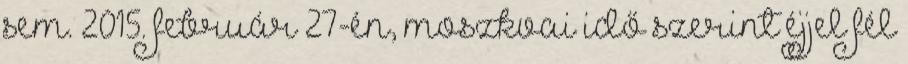
sem. 2015. február 27-én, moszkvai idő szerint éjjel fél